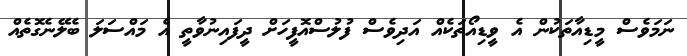
ނަމަވެސް މީޑިއާތަކުން އެ ވީޑިއޯތަކެއް އަދިވެސް ފުލުސްއޮފީހަށް ދީފައިނުވާތީ އެ މަައްސަލަ ބެލޭނެގޮތެއް